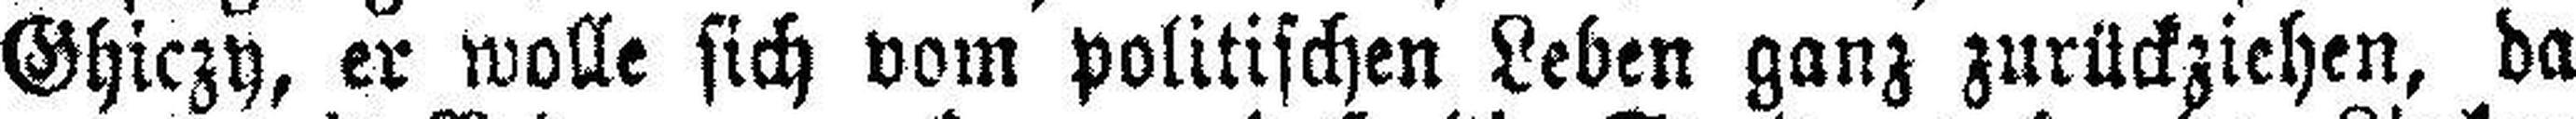
Ghiczy, er wolle sich vom politischen Leben ganz zurückziehen, da